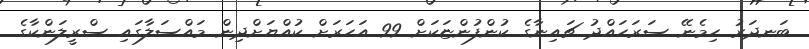
ބަނދަރު ހިމެނޭ ސަރަހައްދު ޗައިނާގެ ކުންފުންޏަކަށް 99 އަހަރަށް ކުއްޔަށްދިން މައްސަލާގައި ސްރީލަންކާގެ